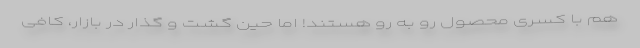
هم با کسری محصول رو به رو هستند! اما حین گشت و گذار در بازار، کافی